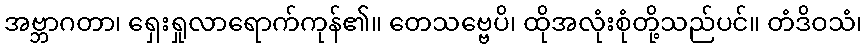
အဗ္ဘာဂတာ၊ ရှေးရှုလာရောက်ကုန်၏။ တေသဗ္ဗေပိ၊ ထိုအလုံးစုံတို့သည်ပင်။ တံဒိဝသံ၊